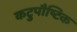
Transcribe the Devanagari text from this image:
कटुपौष्टिक